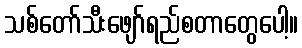
သစ်တော်သီးဖျော်ရည်စတာတွေပေါ့။